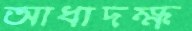
আধাদক্ষ